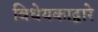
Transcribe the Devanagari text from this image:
विधेयकाद्वारे